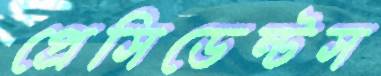
প্রেসিডেন্টস